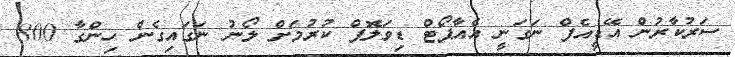
ސަރުކާރުން އޭޑީއެފް ނަގަނީ އެއާޕޯޓް ޑިވަލޮޕް ކުރުމަށް ލޯނު ނަގައިގެން ހިންގާ 800